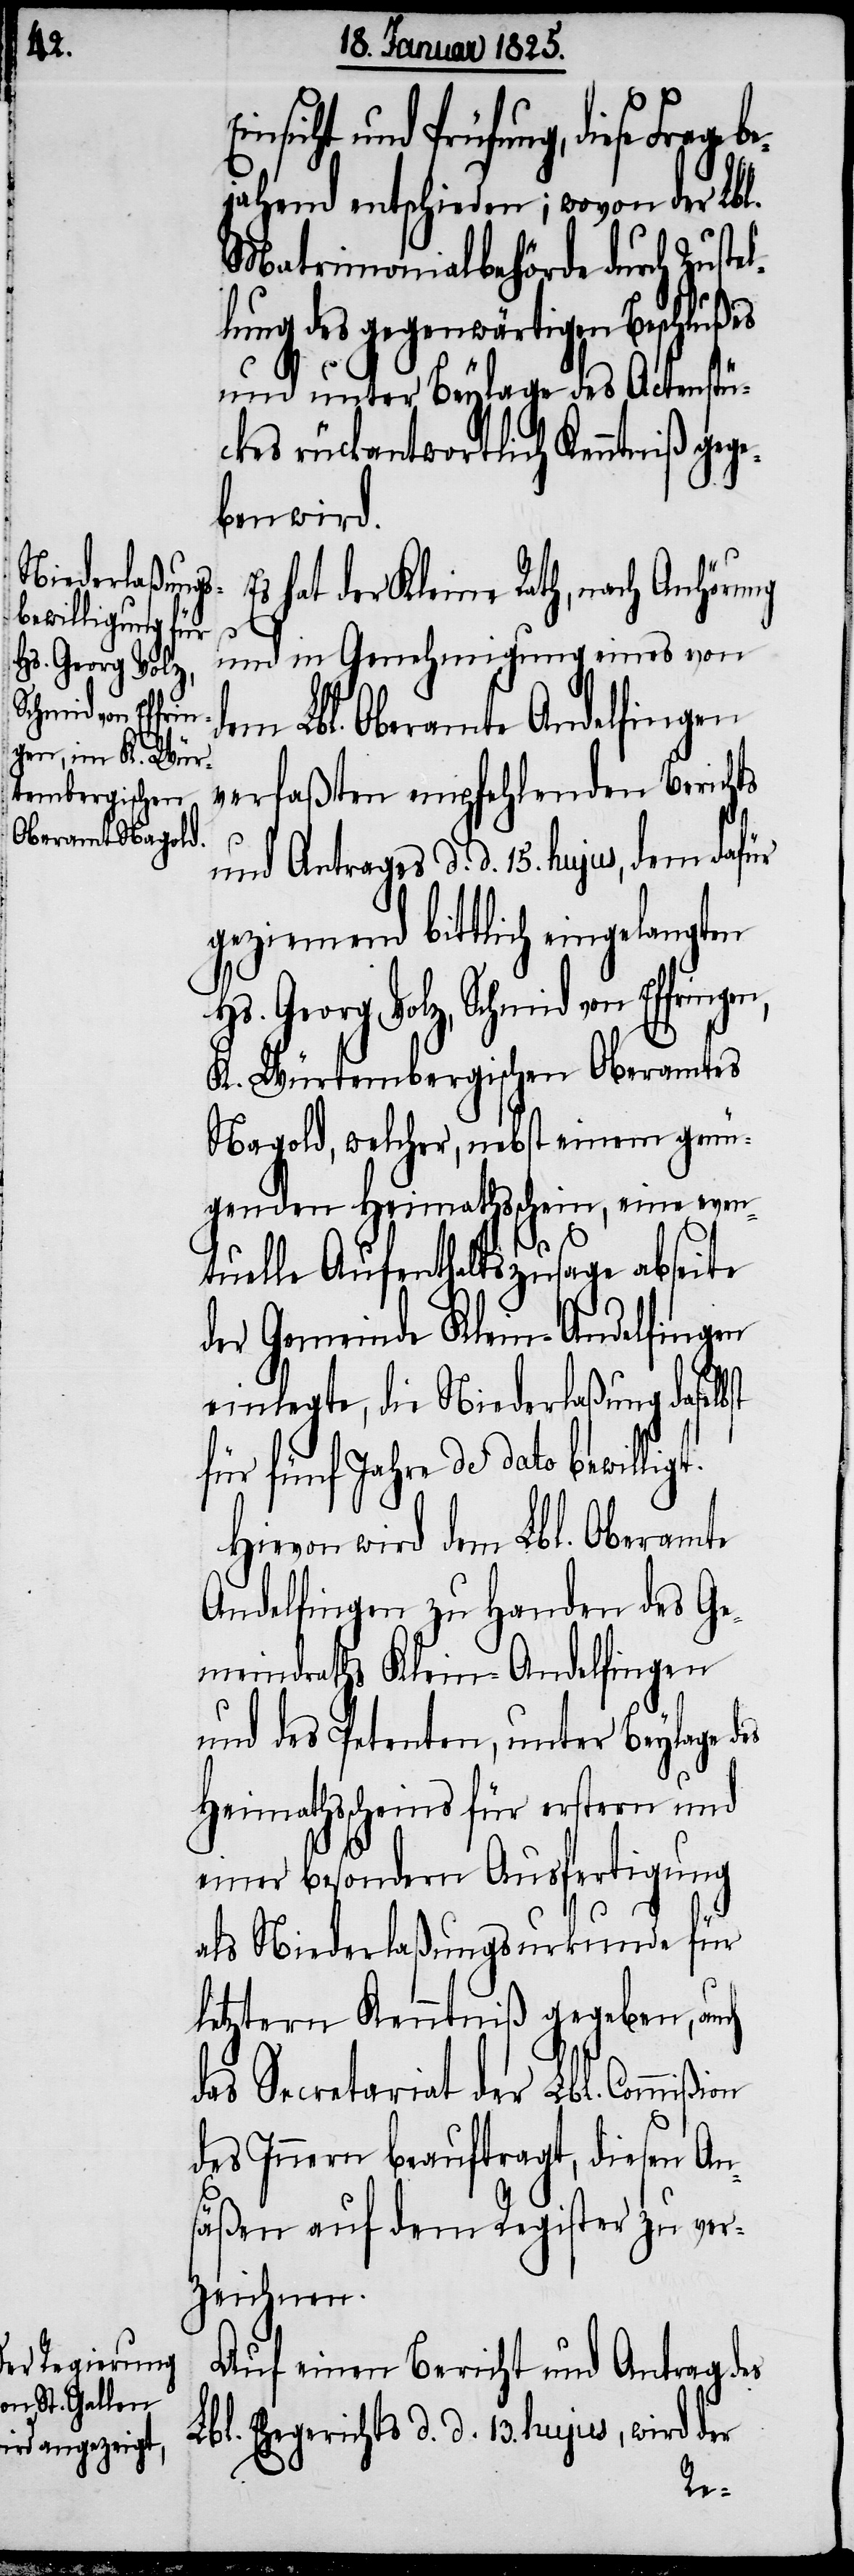
Hs. Georg Volz,
Schmid von Effri¬

nsicht und Prüfung, diese Frage
jahend entschieden; wovon der Lbl.
Matrimonialbehörde durch Zustel¬
lung des gegenwärtigen Beschlußes
und unter Beylage des Actenstü¬
ckes rückantwortlich Kenntniß gege¬
ben wird.
s hat der Kleine Rath, nach Anhörung
und in Genehmigung eines von
dem Lbl. Oberamte Andelfingen
verfaßten empfehlenden Berichts
und Antrages d. d. 15. hujus, dem dafür
geziemend bittlich eingelangten
t.
K. Würtembergischen Oberamtes
Nagold, welcher, nebst einem genü¬
genden Heimathschein, eine even¬
tuelle Aufenthaltszusage abseite
der Gemeinde Klein-Andelfingen
einlegte, die Niederlaßung daselb¬
für fünf Jahre de dato bewillig¬
Hievon wird dem Lbl. Oberamte
Andelfingen zu Handen des Ge¬
meindraths Klein-Andelfingen
und des Petenten, unter Beylage des
Heimathscheins für erstern und
einer besondern Ausfertigung
als Niederlaßungsurkunde für
letztern Kenntniß gegeben, auch
das Secretariat der Lbl. Commißion
des Innern beauftragt, diesen An¬
säßen auf dem Register zu ver¬
zeichnen.
ngen,